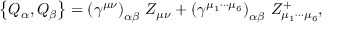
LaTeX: \left\{ Q _ { \alpha } , Q _ { \beta } \right\} = \left( \gamma ^ { \mu \nu } \right) _ { \alpha \beta } \, Z _ { \mu \nu } + \left( \gamma ^ { \mu _ { 1 } \cdots \mu _ { 6 } } \right) _ { \alpha \beta } \, Z _ { \mu _ { 1 } \cdots \mu _ { 6 } } ^ { + } ,